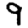
Digit: 9